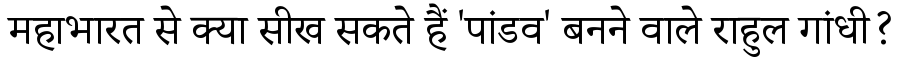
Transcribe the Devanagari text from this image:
महाभारत से क्या सीख सकते हैं 'पांडव' बनने वाले राहुल गांधी?